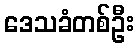
ဒေသခံတစ်ဦး